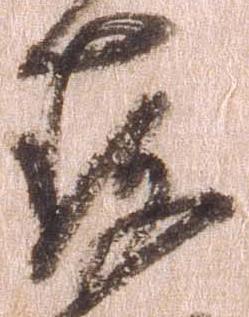
存